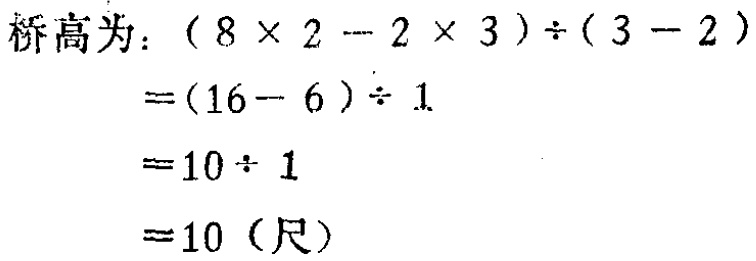
桥高为：\((8\times 2 - 2\times 3)\div(3 - 2)\)

\(=(16 - 6)\div 1\)

\(=10\div 1\)

\(=10\)（尺）